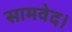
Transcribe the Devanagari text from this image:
सामवेद।